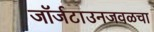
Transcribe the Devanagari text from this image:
जॉर्जटाउनजवळचा